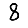
Digit: 8